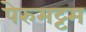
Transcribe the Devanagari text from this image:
पेरुमट्टम